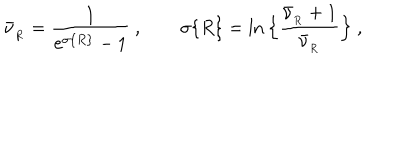
\bar { \nu } _ { _ R } = { \frac { 1 } { \mathrm { e } ^ { \sigma \{ R \} } - 1 } } \ , \qquad \sigma \{ R \} = \ln \Big \{ { \frac { \bar { \nu } _ { _ R } + 1 } { \bar { \nu } _ { _ R } } } \Big \} \ ,